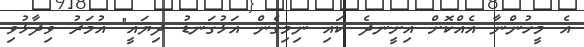
އެ މީހުންނާ އެއްކޮށް އިށީނދެ ކައި ނިމިގެން އަޅުގަނޑު ދިޔައީ" އުމަރު ވިދާޅުވި